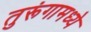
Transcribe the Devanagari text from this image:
तुरूंगामध्ये